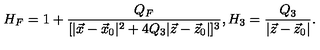
H _ { F } = 1 + { \frac { Q _ { F } } { [ | \vec { x } - \vec { x } _ { 0 } | ^ { 2 } + 4 Q _ { 3 } | \vec { z } - \vec { z } _ { 0 } | ] ^ { 3 } } } , H _ { 3 } = { \frac { Q _ { 3 } } { | \vec { z } - \vec { z } _ { 0 } | } } .